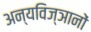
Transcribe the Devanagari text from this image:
अन्यविज्ञानों